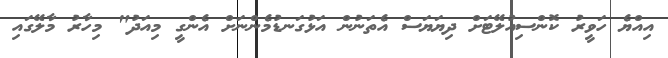
އިއްޔެ ހަވީރު ކޮންސިއުލޭޓަށް ދިޔަޔަސް އެތަނުން އަޅުގަނޑުމެންނަށް އެންގީ މިއަދު" މިހާރު މާލޭގައި